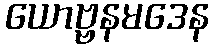
ယောဗ္ဗနမဒေန